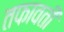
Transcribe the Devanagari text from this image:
तफावती